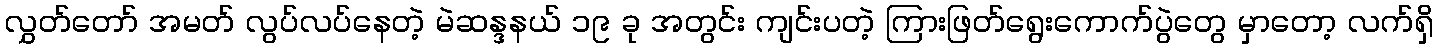
လွှတ်တော် အမတ် လွပ်လပ်နေတဲ့ မဲဆန္ဒနယ် ၁၉ ခု အတွင်း ကျင်းပတဲ့ ကြားဖြတ်ရွေးကောက်ပွဲတွေ မှာတော့ လက်ရှိ